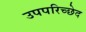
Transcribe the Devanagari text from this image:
उपपरिच्छेद